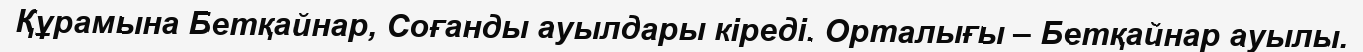
Құрамына Бетқайнар, Соғанды ауылдары кіреді. Орталығы – Бетқайнар ауылы.